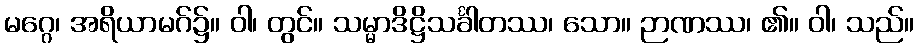
မဂ္ဂေ၊ အရိယာမဂ်၌။ ဝါ၊ တွင်။ သမ္မာဒိဋ္ဌိသင်္ခါတဿ၊ သော။ ဉာဏဿ၊ ၏။ ဝါ၊ သည်။